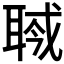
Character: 𦖎